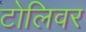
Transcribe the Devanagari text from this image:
टोलिवर